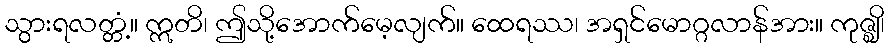
သွားရလတ္တံ့။ ဣတိ၊ ဤသို့အောက်မေ့လျက်။ ထေရဿ၊ အရှင်မောဂ္ဂလာန်အား။ ကုဇ္ဈိ၊